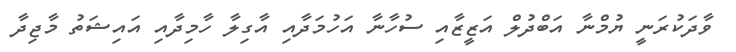
ވާދަކުރަނީ ޔުމްނާ އަބްދުލް އަޒީޒާއި ސުހާނާ އަހުމަދާއި އާގިލާ ހާމިދާއި އައިޝަތު މާޖިދާ